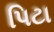
પિટા